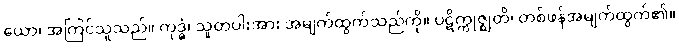
ယော၊ အကြင်သူသည်။ ကုဒ္ဓံ၊ သူတပါးအား အမျက်ထွက်သည်ကို။ ပဋိက္ကုဇ္ဈတိ၊ တစ်ဖန်အမျက်ထွက်၏။